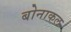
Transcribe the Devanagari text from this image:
बोनाकल